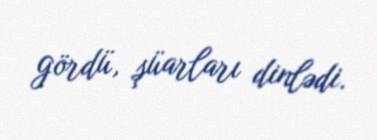
gördü, şüarları dinlədi.